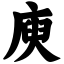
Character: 庾